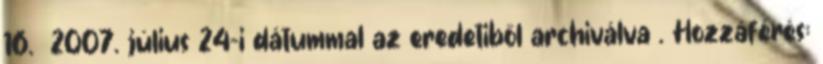
16. 2007. július 24-i dátummal az eredetiből archiválva . Hozzáférés: